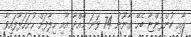
އާއި ކުންފުންޏާ ބެހޭ ގާނޫނު 74 ވަނަ މާއްދާ އާއި ހިލާފަށް ހުށަހަޅާފައިވާ